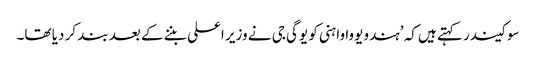
سوکیندر کہتے ہیں کہ ’ہندو یووا واہنی کو یوگی جی نے وزیر اعلی بننے کے بعد بند کر دیا تھا۔